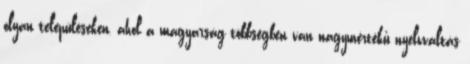
olyan településeken, ahol a magyarság többségben van nagymértékű nyelvváltás